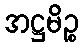
အဋ္ဌမိဉ္စ